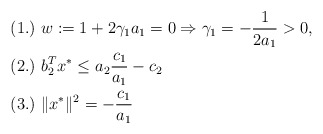
\begin{align*} &(1.)\ w:=1+2\gamma_1 a_1=0\Rightarrow \gamma_1=-\frac{1}{2a_1}>0,\ \ \\ &(2.)\ b_2^Tx^*\le a_{2}\frac{c_{1}}{a_{1}} -c_{2}\ \\ &(3.)\ \|x^{*}\|^{2}=-\frac{c_{1}}{a_{1}}\ \end{align*}